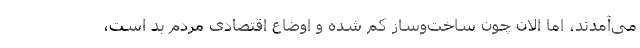
می‌آمدند، اما الان چون ساخت‌وساز کم شده و اوضاع اقتصادی مردم بد است،